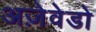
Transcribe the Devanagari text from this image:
अज़ेवेडो